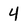
Character: 4